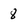
Character: 8